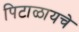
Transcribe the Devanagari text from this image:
पिटाळायचे